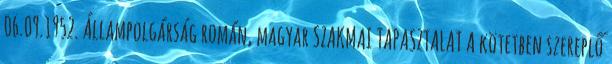
06.09.1952. Állampolgárság román, magyar SZAKMAI TAPASZTALAT A kötetben szereplő